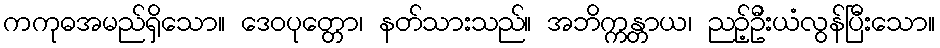
ကကုဓအမည်ရှိသော။ ဒေဝပုတ္တော၊ နတ်သားသည်။ အဘိက္ကန္တာယ၊ ညဉ့်ဦးယံလွန်ပြီးသော။